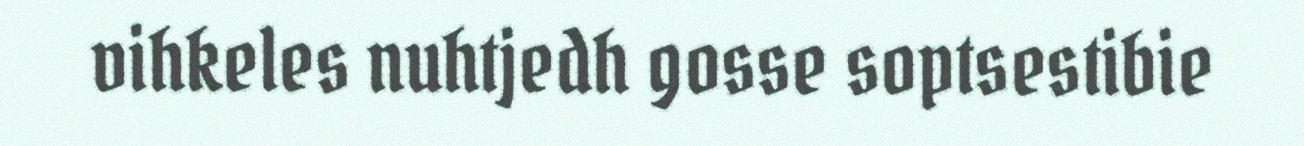
vihkeles nuhtjedh gosse soptsestibie